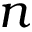
n